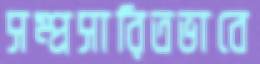
সম্প্রসারিতভাবে